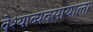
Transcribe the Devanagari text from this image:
वेश्याव्यवसायाला